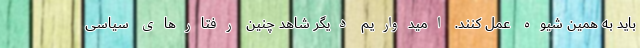
باید به همین شیوه عمل کنند. امیدواریم دیگر شاهد چنین رفتارهای سیاسی